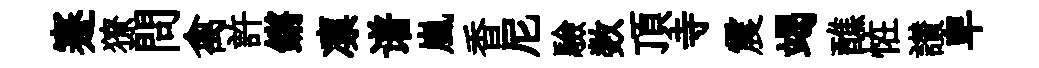
蹇獠問禽許鏘凛谱嵐香尼驗数頂寺震竭醮恠讃卑